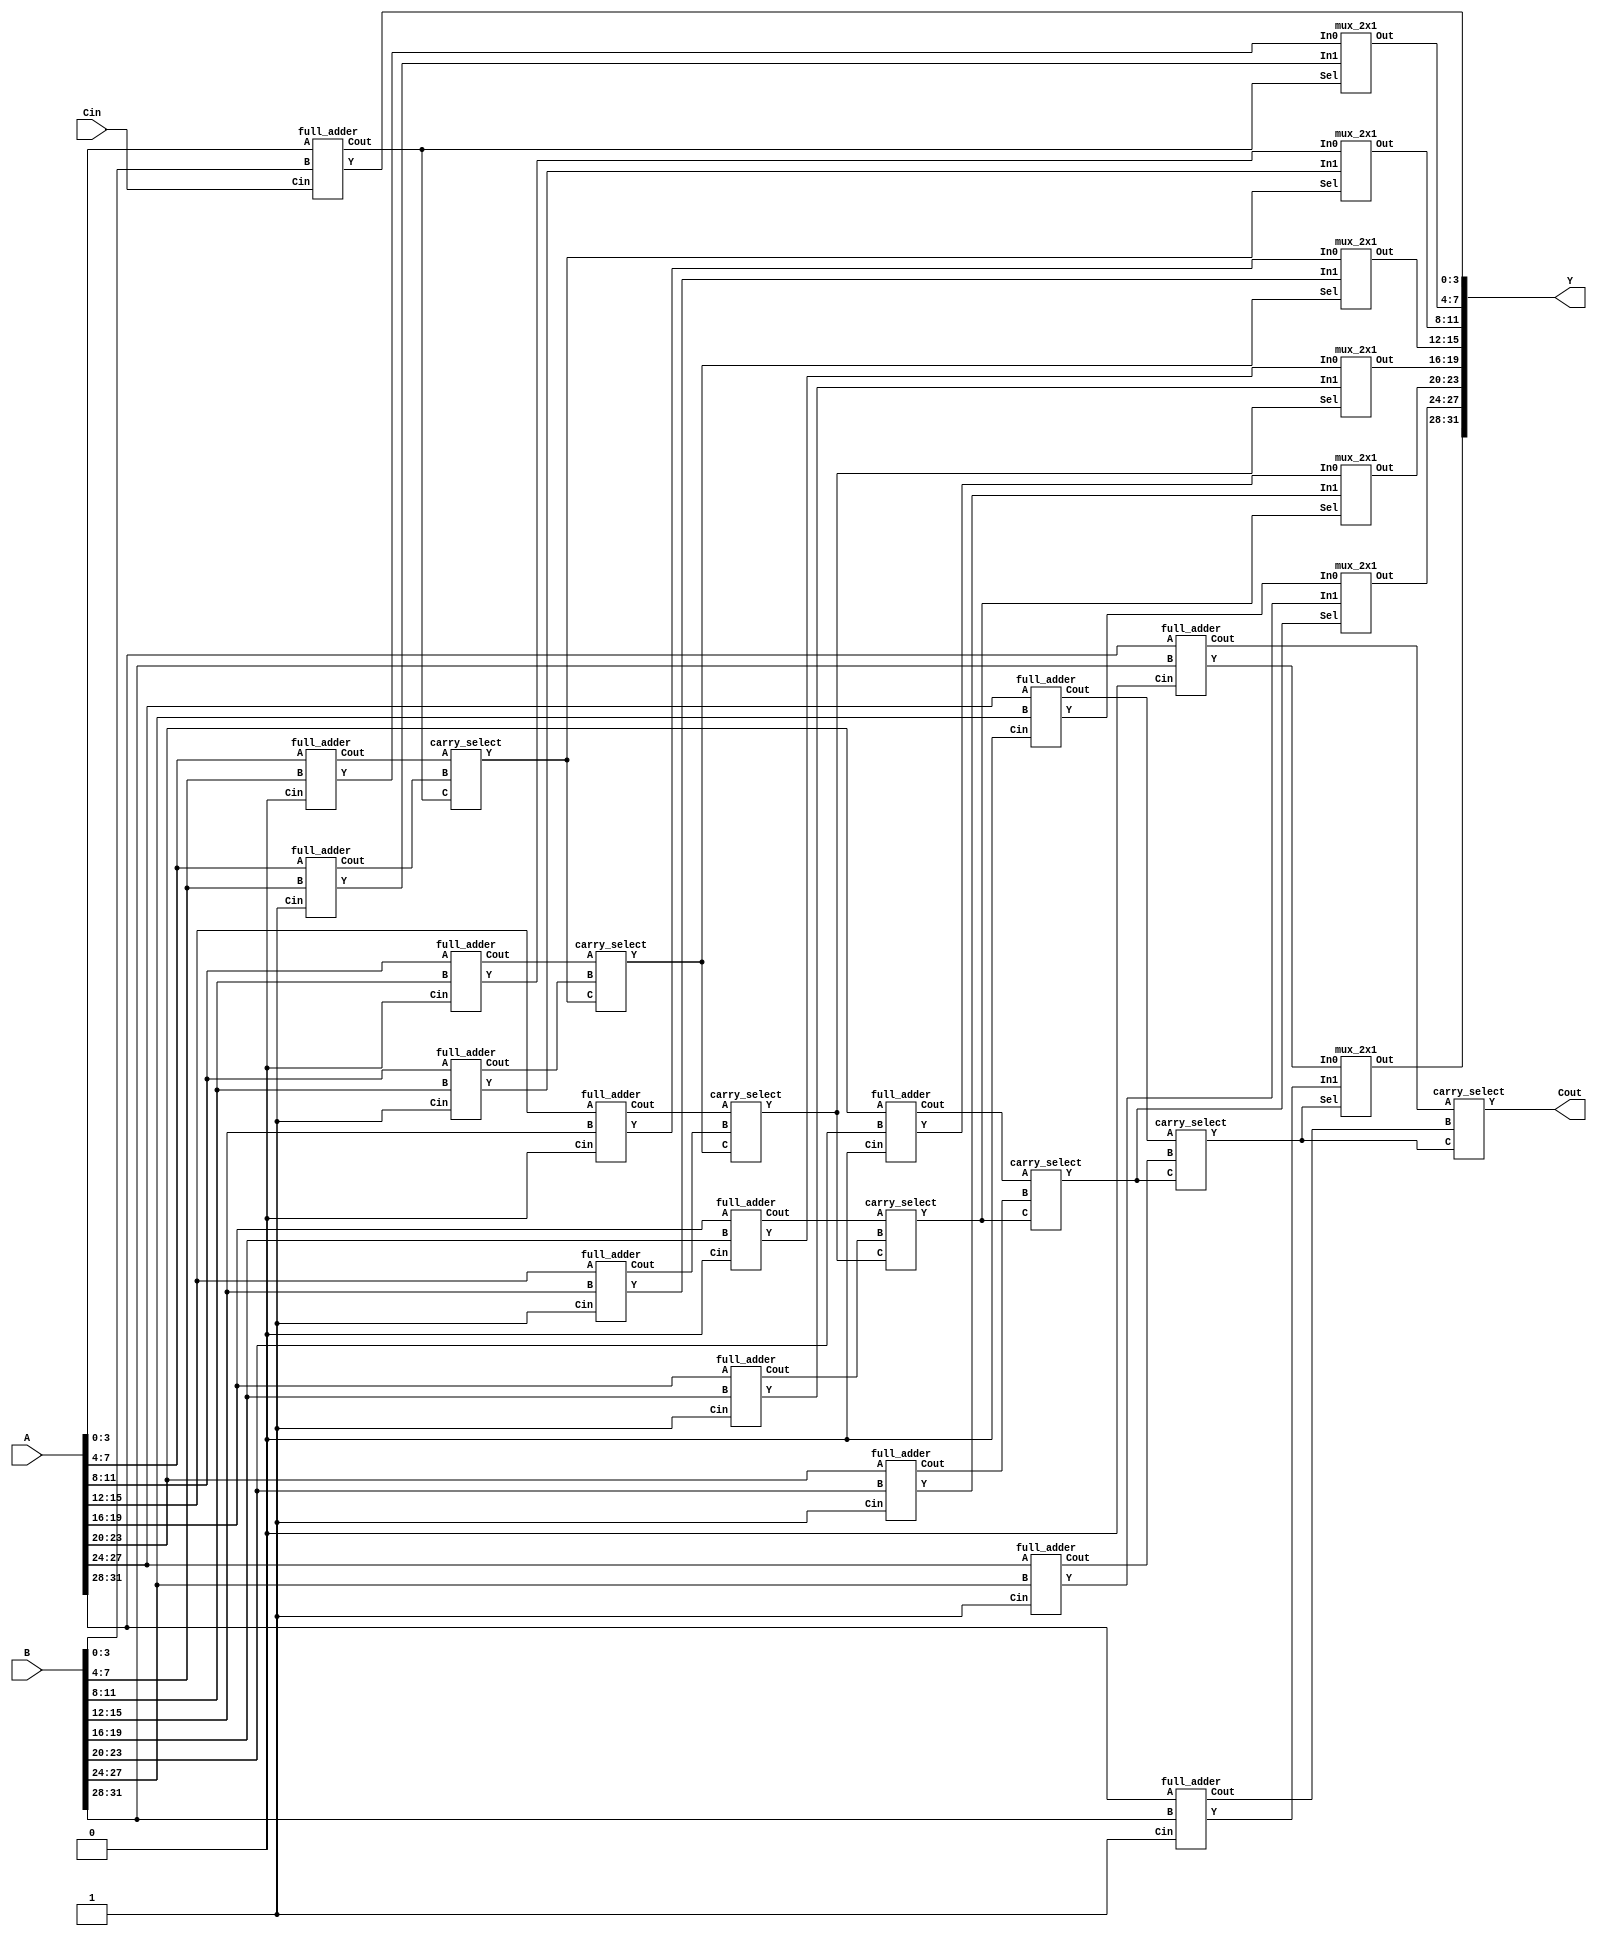
/* Top Level*/
/**
 * Adder is split into 4-bit groupings
 * Each group produces a+b and a+b+1 in parallel
 * Each group produces 1 carry bit stored in carry_chain
 **/
module carry_select_adder(

  input wire [31:0] A,
  input wire [31:0] B,
  input wire Cin,
  output wire [31:0] Y,
  output wire Cout
);
  /* verilator lint_off UNOPTFLAT */
  wire [7:0] carry_chain;

  full_adder Group1 (A[3:0], B[3:0], Cin, Y[3:0], carry_chain[0]);

  genvar i;
  for (i=0; i<7; i=i+1) begin: adder
    wire c0_carry;
    wire c1_carry;
    wire [3:0] c0_sum;
    wire [3:0] c1_sum;
    full_adder u1 (A[4*(i+2)-1 : 4*(i+1)], B[4*(i+2)-1 : 4*(i+1)],
                   1'b0, c0_sum[3:0], c0_carry);
    full_adder u2 (A[4*(i+2)-1 : 4*(i+1)], B[4*(i+2)-1 : 4*(i+1)],
                   1'b1, c1_sum[3:0], c1_carry);
    mux_2x1 u3 (c0_sum[3:0], c1_sum[3:0], carry_chain[i], Y[4*(i+2)-1 : 4*(i+1)]);
    carry_select u4 (c0_carry, c1_carry, carry_chain[i], carry_chain[i+1]); 
  end

  assign Cout = carry_chain[7];

endmodule

//Grouped in 4 bits
module full_adder ( 

  input wire [3:0] A,
  input wire [3:0] B,
  input wire Cin,
  output reg [3:0] Y,
  output reg Cout
);

  wire [3:0] carry_chain;

  //always @ (*) begin
    assign carry_chain[0] = Cin;
    assign carry_chain[3:1] = (A[2:0] & B[2:0]) | (A[2:0] & carry_chain[2:0]) | (B[2:0] & carry_chain[2:0]);
  //end
  
  always @ (*) begin
    Y = A ^ B ^ carry_chain;
    Cout = (A[3] & B[3]) | (A[3] & carry_chain[3]) | (B[3] & carry_chain[3]);
  end
  
endmodule

//Basically OR and AND gate
module carry_select (

  input wire A, B, C,
  output reg Y
);
  always @ (*) begin
    Y = A | (B & C);
  end

endmodule

//2 to 1 mux, 4bit bus
module mux_2x1 (

  input wire [3:0] In0,
  input wire [3:0] In1,
  input wire Sel,
  output reg [3:0] Out
);

  always @ (*) begin
    Out = Sel ? In1 : In0;
  end
  
endmodule